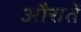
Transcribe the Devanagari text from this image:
औरातें